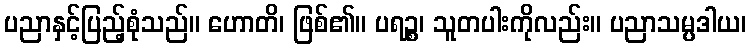
ပညာနှင့်ပြည့်စုံသည်။ ဟောတိ၊ ဖြစ်၏။ ပရဉ္စ၊ သူတပါးကိုလည်း။ ပညာသမ္ပဒါယ၊